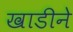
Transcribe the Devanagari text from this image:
खाडीने